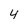
Character: 4